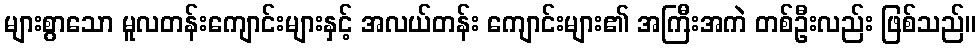
များစွာသော မူလတန်းကျောင်းများနှင့် အလယ်တန်း ကျောင်းများ၏ အကြီးအကဲ တစ်ဦးလည်း ဖြစ်သည်။